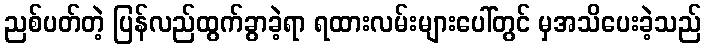
ညစ်ပတ်တဲ့ ပြန်လည်ထွက်ခွာခဲ့ရာ ရထားလမ်းများပေါ်တွင် မှအသိပေးခဲ့သည်